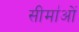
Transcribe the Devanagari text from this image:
सीमा॑ओं